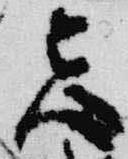
忌